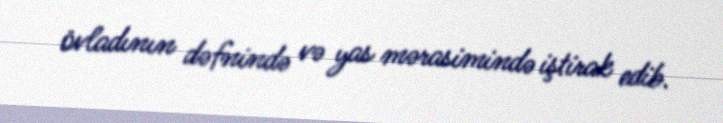
övladının dəfnində və yas mərasimində iştirak edib.